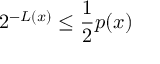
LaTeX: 2 ^ { - L ( x ) } \leq { \frac { 1 } { 2 } } p ( x )